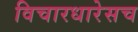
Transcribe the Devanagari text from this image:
विचारधारेसच